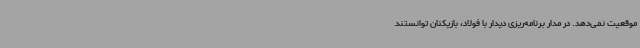
موقعیت نمی‌دهد. در مدار برنامه‌ریزی دیدار با فولاد، بازیکنان توانستند